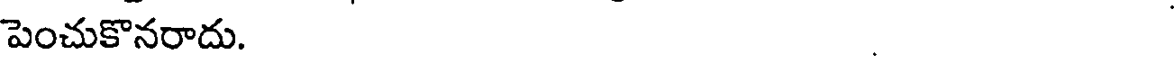
పెంచుకొనరాదు. .